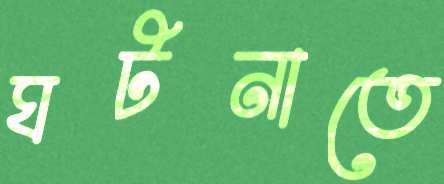
ঘটনাতে